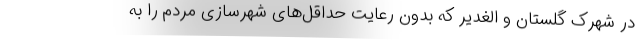
در شهرک گلستان و الغدیر که بدون رعایت حداقل‌های شهرسازی مردم را به